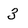
Character: 3